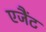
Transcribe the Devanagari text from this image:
एजैंट